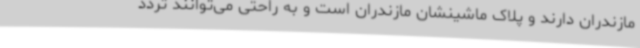
مازندران دارند و پلاک ماشینشان مازندران است و به راحتی می‌توانند تردد